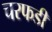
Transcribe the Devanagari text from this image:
चरफडी